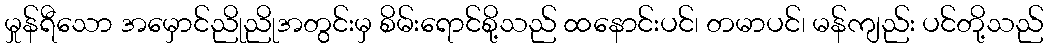
မှုန်ရီသော အမှောင်ညိုညိုအတွင်းမှ စိမ်းရောင်စို့သည် ထနောင်းပင်၊ တမာပင်၊ မန်ကျည်း ပင်တို့သည်